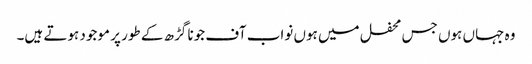
وہ جہاں ہوں جس محفل میں ہوں نواب آف جونا گڑھ کے طور پر موجود ہوتے ہیں۔